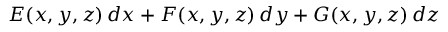
E ( x , y , z ) \, d x + F ( x , y , z ) \, d y + G ( x , y , z ) \, d z